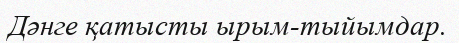
Дәнге қатысты ырым-тыйымдар.